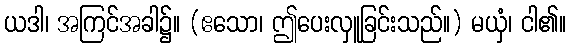
ယဒါ၊ အကြင်အခါ၌။ (ဧသော၊ ဤပေးလှူခြင်းသည်။) မယှံ၊ ငါ၏။